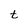
Character: t